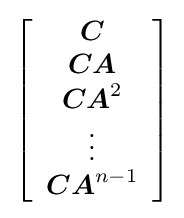
\left[{\begin{array}{c}{\boldsymbol {C}}\\{\boldsymbol {CA}}\\{\boldsymbol {CA}}^{2}\\\vdots \\{\boldsymbol {CA}}^{n-1}\end{array}}\right]